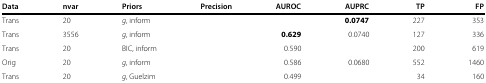
<table><thead><tr><td><b>Data</b></td><td><b>nvar</b></td><td><b>Priors</b></td><td><b>Precision</b></td><td><b>AUROC</b></td><td><b>AUPRC</b></td><td><b>TP</b></td><td><b>FP</b></td></tr></thead><tbody><tr><td>Trans</td><td>20</td><td><i>g</i>, inform</td><td>[EMPTY_CELL]</td><td>[EMPTY_CELL]</td><td><b>0.0747</b></td><td>227</td><td>353</td></tr><tr><td>Trans</td><td>3556</td><td><i>g</i>, inform</td><td>[EMPTY_CELL]</td><td><b>0.629</b></td><td>0.0740</td><td>127</td><td>336</td></tr><tr><td>Trans</td><td>20</td><td>BIC, inform</td><td>[EMPTY_CELL]</td><td>0.590</td><td>[EMPTY_CELL]</td><td>200</td><td>619</td></tr><tr><td>Orig</td><td>20</td><td><i>g</i>, inform</td><td>[EMPTY_CELL]</td><td>0.586</td><td>0.0680</td><td>552</td><td>1460</td></tr><tr><td>Trans</td><td>20</td><td><i>g</i>, Guelzim</td><td>[EMPTY_CELL]</td><td>0.499</td><td>[EMPTY_CELL]</td><td>34</td><td>160</td></tr></tbody></table>